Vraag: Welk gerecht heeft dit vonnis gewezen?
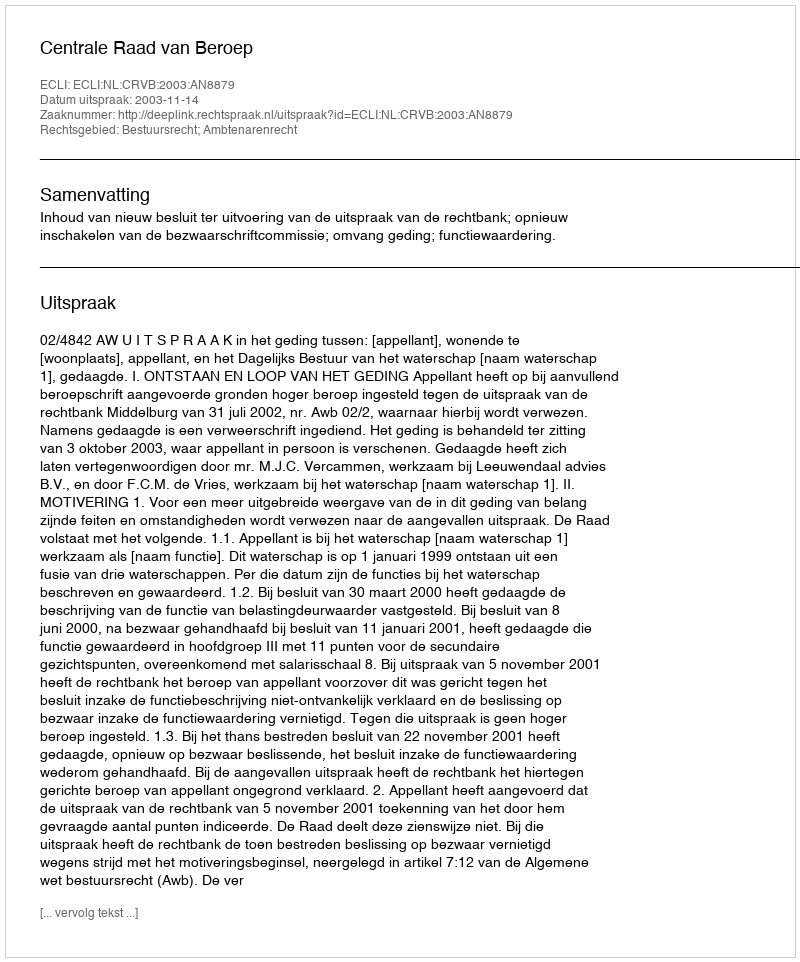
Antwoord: Centrale Raad van Beroep